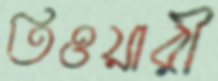
তিওয়ারী